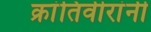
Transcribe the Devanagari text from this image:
क्रांतिवीरांनी